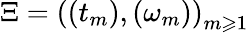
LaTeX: \Xi=\left(\left(t_{m}\right),\left(\omega_{m}\right)\right)_{m\geqslant 1}